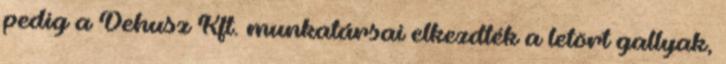
pedig a Dehusz Kft. munkatársai elkezdték a letört gallyak,